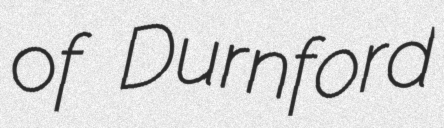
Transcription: of Durnford